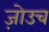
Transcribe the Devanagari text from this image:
ज़ोउच